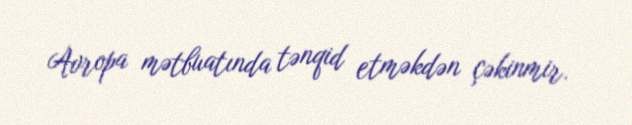
Avropa mətbuatında tənqid etməkdən çəkinmir.